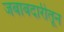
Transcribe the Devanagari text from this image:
जबाबदारीतून